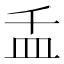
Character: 𰤵